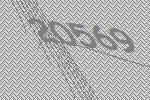
20569